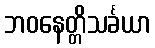
ဘဝနေတ္တိသင်္ခယာ